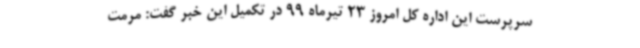
سرپرست این اداره کل امروز 23 تیرماه 99 در تکمیل این خبر گفت: مرمت